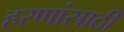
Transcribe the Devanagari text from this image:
हरणांसाठी